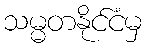
သမ္မတနိုင်ငံမှ